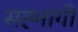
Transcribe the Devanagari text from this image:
सह्भागी